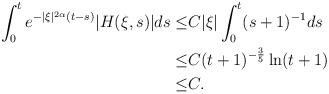
LaTeX: \begin{align*}\int_{0}^{t}e^{-|\xi|^{2\alpha}(t-s)}|H(\xi,s)|ds\leq & C|\xi|\int_{0}^{t}(s+1)^{-1}ds\\ \leq&C(t+1)^{-\frac{3}{5}}\ln(t+1)\\ \leq&C.\end{align*}